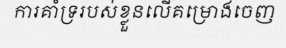
ការគាំទ្ររបស់ខ្លួនលើគម្រោងចេញ